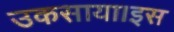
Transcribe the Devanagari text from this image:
उकसाया।इस